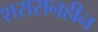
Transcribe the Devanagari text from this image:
शरासनहीन